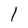
Character: l